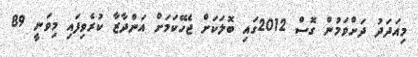
މިއަދަދު ދަށްވަމުން ގޮސް 2012ގައި ބޮލަކަށް ޖެހޭކަމަށް އަންދާޒާ ކުރެވިފައި މިވަނީ 89